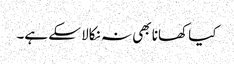
کیا کھانا بھی نہ نکالا سکے ہے۔